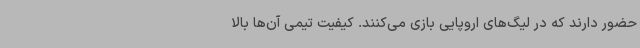
حضور دارند که در لیگ‌های اروپایی بازی می‌کنند. کیفیت تیمی آن‌ها بالا